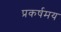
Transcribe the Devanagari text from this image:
प्रकर्षमय